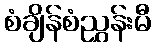
စံချိန်စံညွှန်းမီ